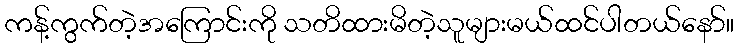
ကန့်ကွက်တဲ့အကြောင်းကို သတိထားမိတဲ့သူများမယ်ထင်ပါတယ်နော်။